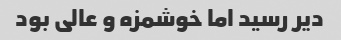
دیر رسید اما خوشمزه و عالى بود